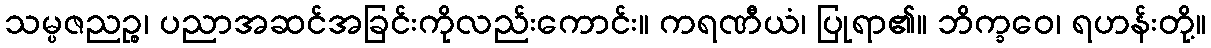
သမ္ပဇညဉ္စ၊ ပညာအဆင်အခြင်းကိုလည်းကောင်း။ ကရဏီယံ၊ ပြုရာ၏။ ဘိက္ခဝေ၊ ရဟန်းတို့။